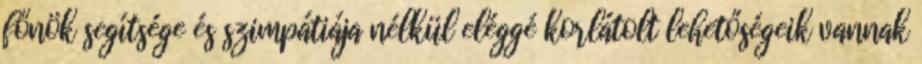
főnök segítsége és szimpátiája nélkül eléggé korlátolt lehetőségeik vannak